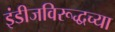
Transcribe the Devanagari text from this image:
इंडीजविरूद्धच्या